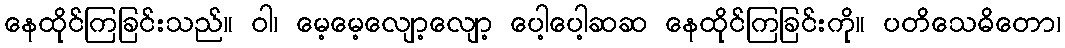
နေထိုင်ကြခြင်းသည်။ ဝါ၊ မေ့မေ့လျော့လျော့ ပေါ့ပေါ့ဆဆ နေထိုင်ကြခြင်းကို။ ပတိသေဓိတော၊